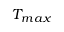
T _ { m a x }